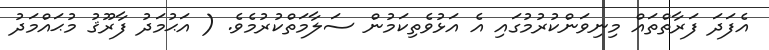
އެފަދަ ފަރާތްތައް މިނިވަންކުރުމުގައި އެ އަޅުވެތިކަމުން ސަލާމަތްކުރުމެވެ. ( އަޙުމަދު ފާރޫޤު މުޙައްމަދު